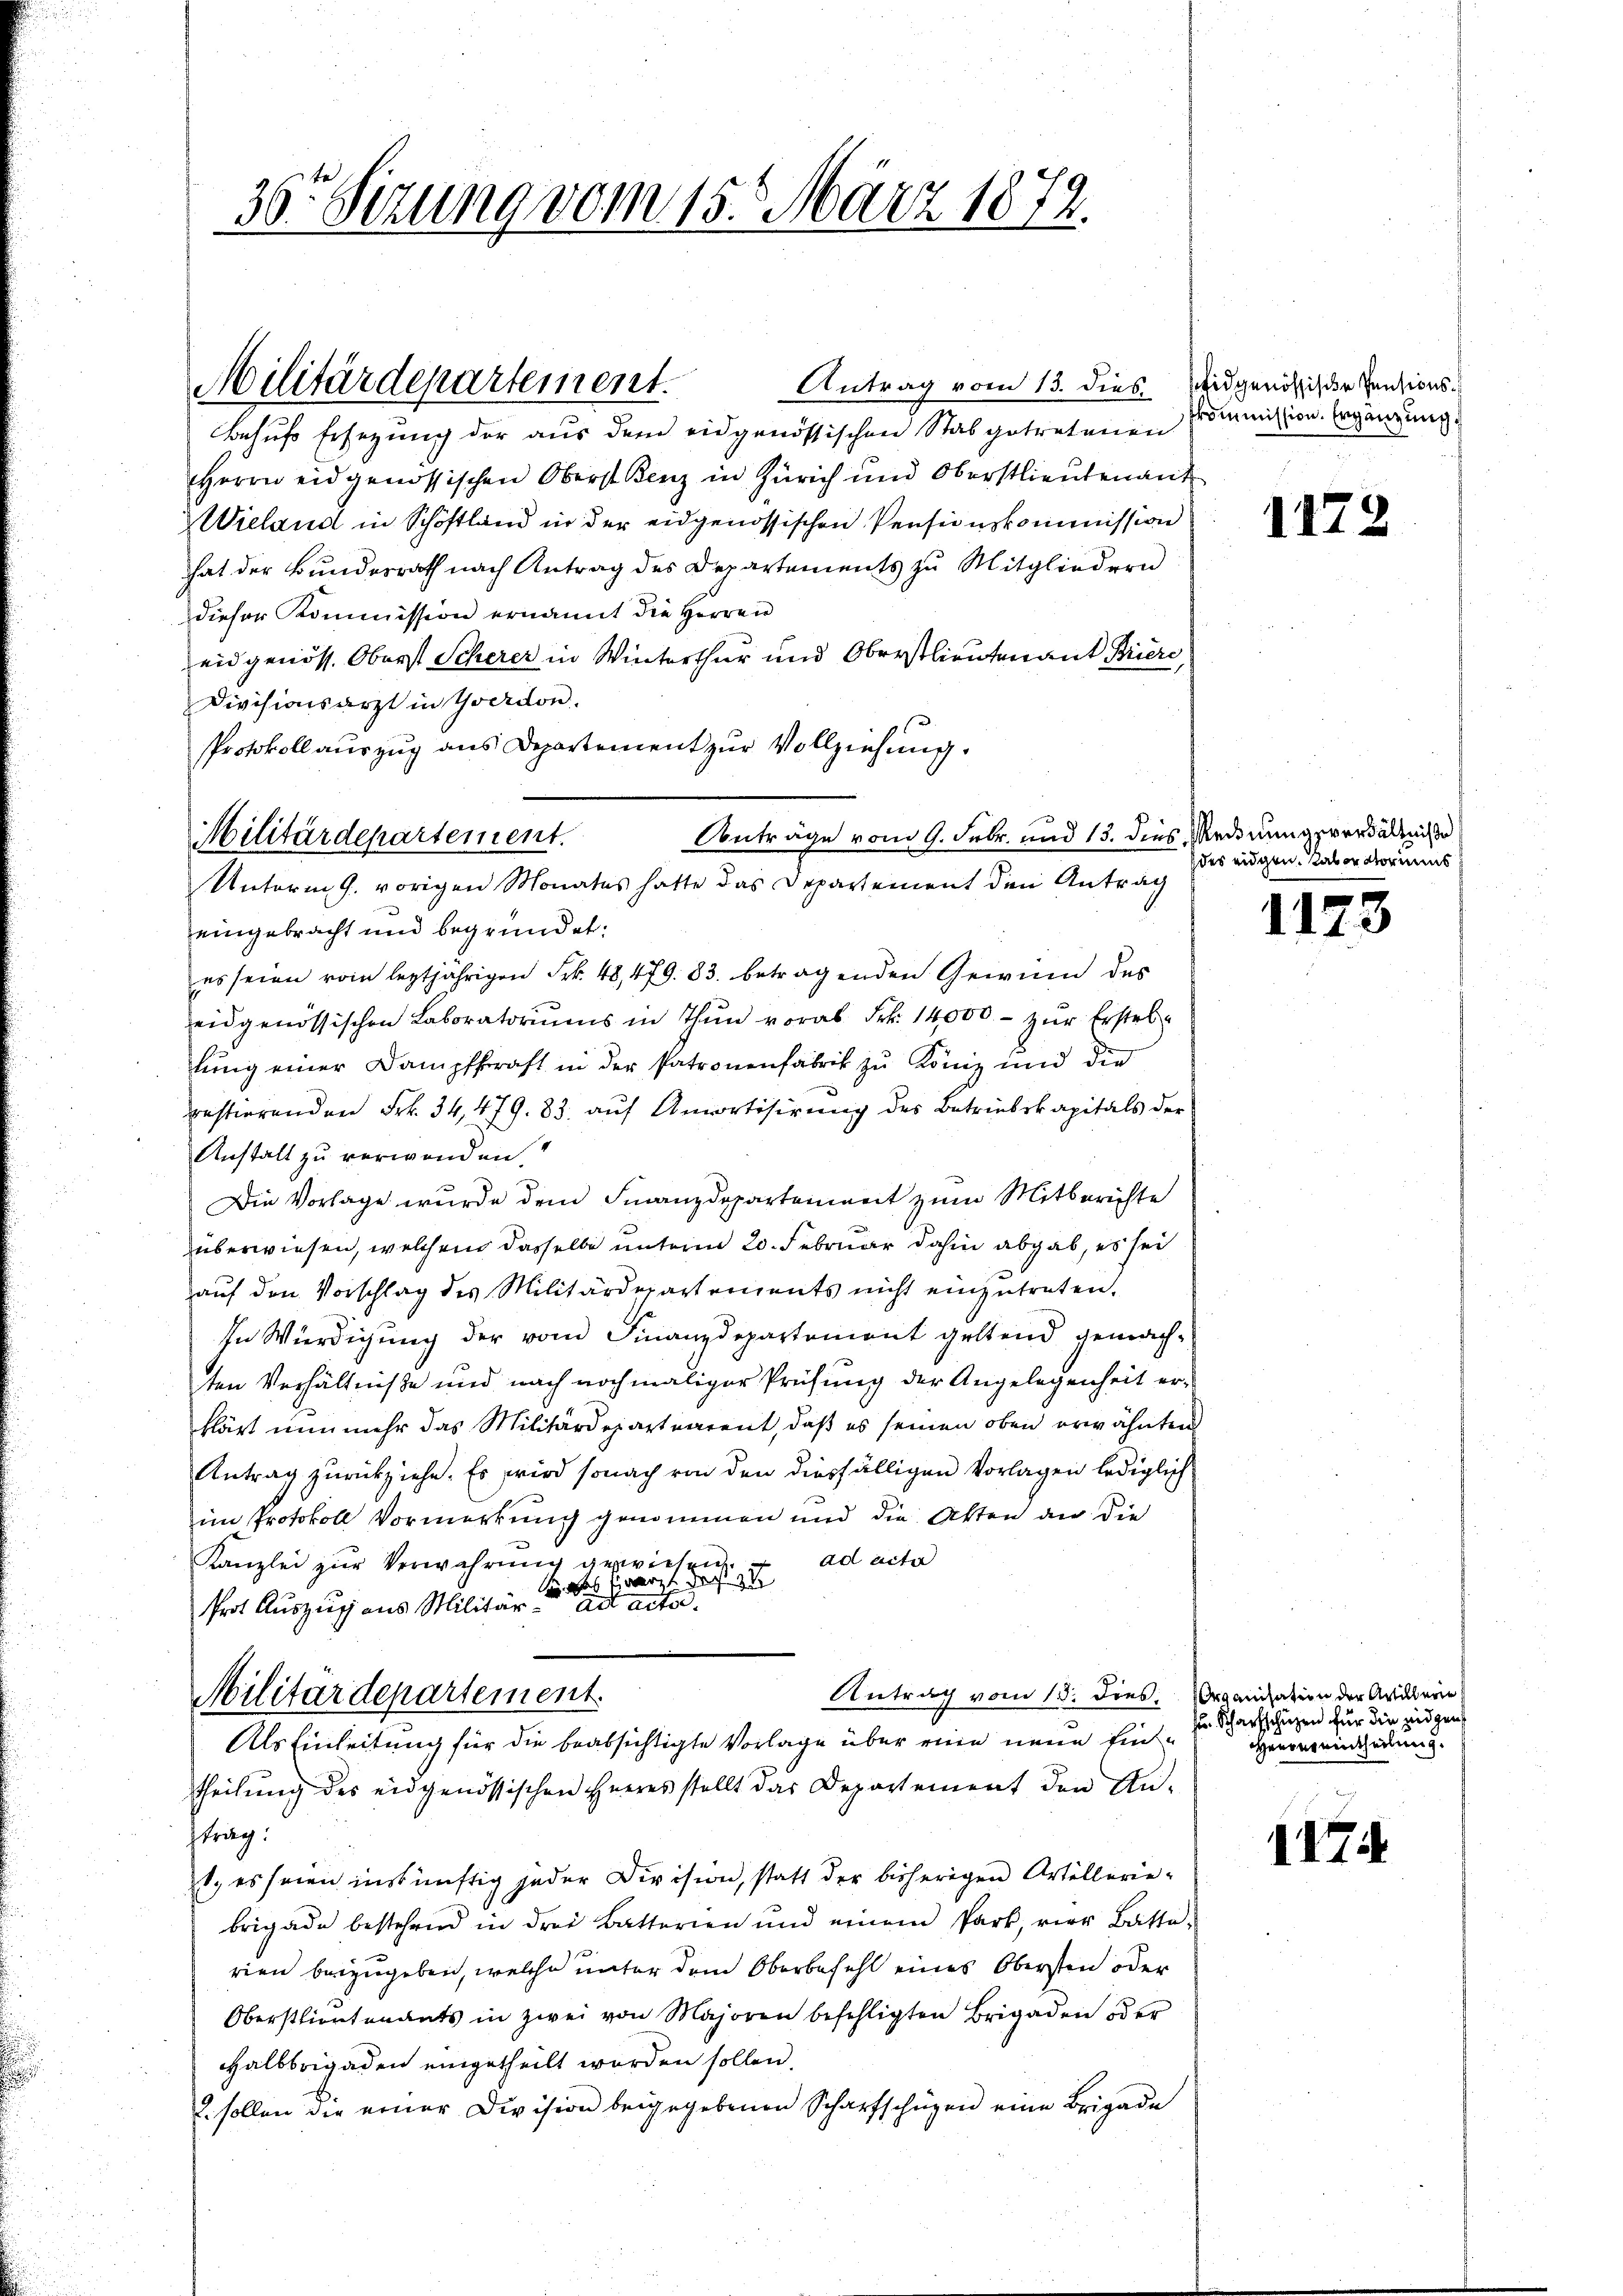
36 Sizung vom 15. März 1872.

Antrag vom 13. dies eidgenössische Pensions¬
Behufs Ersezung der aus dem eidgenössischen Stab getretenen
Herrn eidgenössischen Oberst Benz in Zürich und Oberstlieutenant
Wieland in Schöstland in der eidgenössischen Penseinskommission
hat der Bundesrath nach Antrag des Departements zu Mitgliedern
dieser Kommission ernannt die Herren
eidgenöss. Oberst Scherer in Winterthur und Oberstlieutenant Briere,
Divisionsarzt in Yverdon.
Protokoll auszug aus Departement zur Vollziehung.
eingebracht und begründet:
es seien vom leztjährigen Frk. 48,479. 83. betragenden Gewinn des
eidgenössischen Laboratoriŭms in Thun vorab Frk. 14,000.- zŭr Erstellung einer Dampfkraft in der Patronenfabrik zu König und die
bestierenden Frk. 34,479. 83. auf Amportisirung des Betriebskapitals der
Anstalt zu verwenden
Die Vorlage wurde dem Finanzdepartenweit zum Mitberichte
überwiesen, welchem dasselbe unterm 20. Februar dahin abgab, es sei
auf den Vorschlag des Militärdepartements nicht einzutreten.
In Würdigung der vom Finanzdepartement geltend gemachten Verhältniße und nach nochmaliger Prüfung der Angelegenheit er-
klärt nunmehr das Militärdepartearent, daß es seinen oben erwähnten
Antrag zurückziehe. Es wird sonach von den diesfälligen Vorlagen lediglich
im Protokoll Vormerkung genommen und die Atten an die
ad acter
Kanzlei zur Verwahrung gewiesen.
das er de
frot Auszug aus Militär ad actor.
Antrag vom 13. dies, Organisation der Artillerie
Militärdepartement.
Als Einleitung für die beabsichtigte Vorlage über eine neue Eintheilŭng des eidgenössischen Heeres stellt das Departement den An-
ftrag:
1., es seien inskünftig jeder Division, statt der bisherigen Artillerie-
brigade bestehend in drei Batterien und einem Park, vier Batta-
rien beizugeben, welche unter dem Oberbefehl eines Obersten oder
Oberstlieutenants in zwei von Majoren befehligten Brigaden oder
Halbbrigaden eingetheilt worden sollen.
2. sollen die einer Division beigegebenen Scharfschüzen eine Brigade

Militärdepartement.

Militärdepartement.
Unterm 9. vorigen Monates hatte das Departement den Antrag

Anträge vom 9. Febr. und 15. dies Mednungsverhältniße

kommission. Ergänzung

1172

des eidgen. aber dormens

1123

zu. Scharfschüzen für die eidgen
Heurereintheilung.

1474